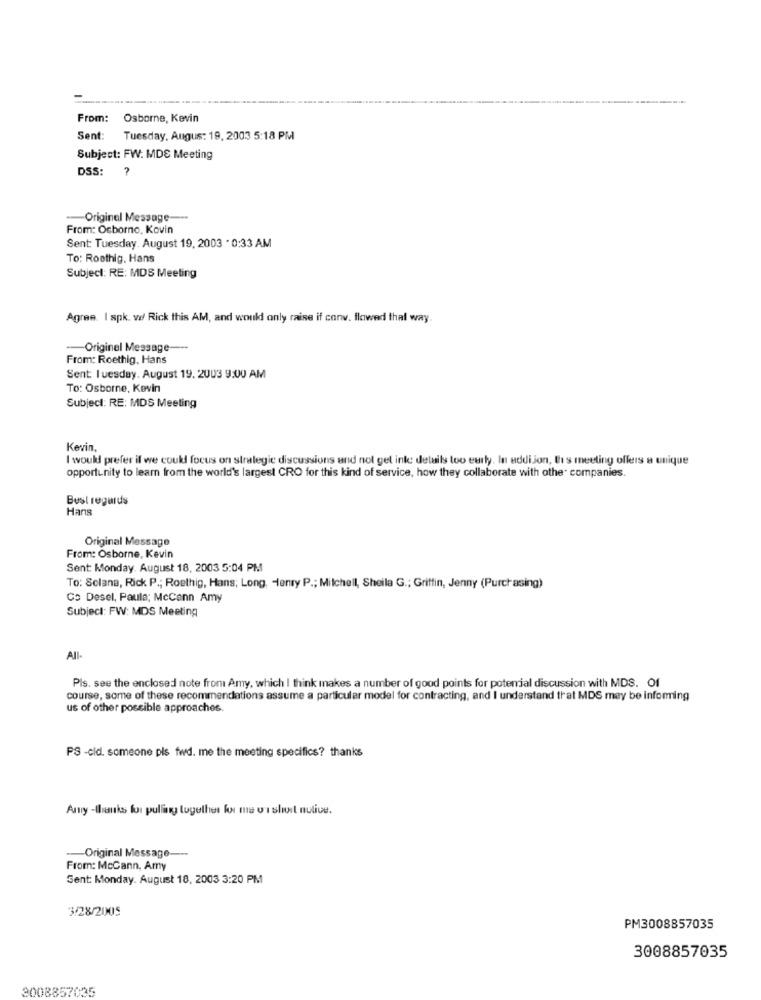
From:
Osborne, Kevin
Sent:
Tuesday, Augus: 19, 2003 5:18 PM
Subject: FW: MDE Meeting
DSS:
A
-- Original Message ---
From: Osborne, Kovin
Sent: Tuesday. August 19, 2003 . 0:33 AM
To: Roothig. Hans
Subject: RE: MDS Meeting
Agree. I spk. ve Rick this AM, and would only raise if conv. flowed that way
-- Original Message ---
From: Roethig, Hans
Sent Tuesday. August 19. 2003 9:00 AM
To: Osborne, Kevin
Subject: RE: MDS Meeting
Kevin,
I would prefer if we could focus on strategic discussions and not gel inte details too eurty. In uddijon, this meeting offers a unique
opportunity to learn from the world's largest CRO for this kind of service, how they collaborate with other companies.
Best regards
Hans
Original Message
From: Osborne, Kevin
Sent: Monday. August 18, 2003 5:04 PM
To: Solana, Rick P .; Roethig, Hans; Long, Henry P .; Mitchell, Sheila G .; Griffin, Jenny (Purchasing)
Co Desel, Paula; McCann Amy
Subject: FW: MDS Meeting
All-
Pls. see the enclosed note from Amy, which I think makes a number of good points for potential discussion with MDS. Of
course, some of these recommendations assume a particular model for contracting, and I understand that MDS may be informing
us of other possible approaches.
PS -cid. someone pis fwd. me the meeting specifics? thanks
Amy -thanks for pulling together for me vi short nulive.
-Original Message ---
From: McCann, Amy
Sent: Monday. August 18, 2003 3:20 PM
3/28/2005
PM3008857035
3008857035
3008857035